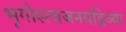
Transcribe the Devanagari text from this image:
भृगोस्त्वजनयद्विव्या